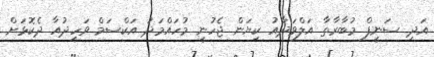
އަދި ސަނީފް މުބާރާތާ އަލްވަދާއު ކިޔަން ޖެހުނީ މުހައްމަދު އަކްސަމް ވަހީދުއާ ދެކޮޅަށް